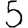
Digit: 5